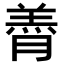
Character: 𮌭